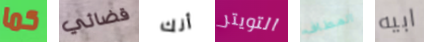
كما قضائي أنك التويتر المطاف ابيه